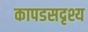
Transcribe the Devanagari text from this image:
कापडसदृश्य